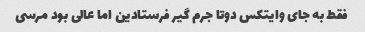
فقط به جای وایتکس دوتا جرم گیر فرستادین اما عالی بود مرسی